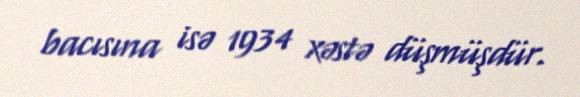
bacısına isə 1934 xəstə düşmüşdür.